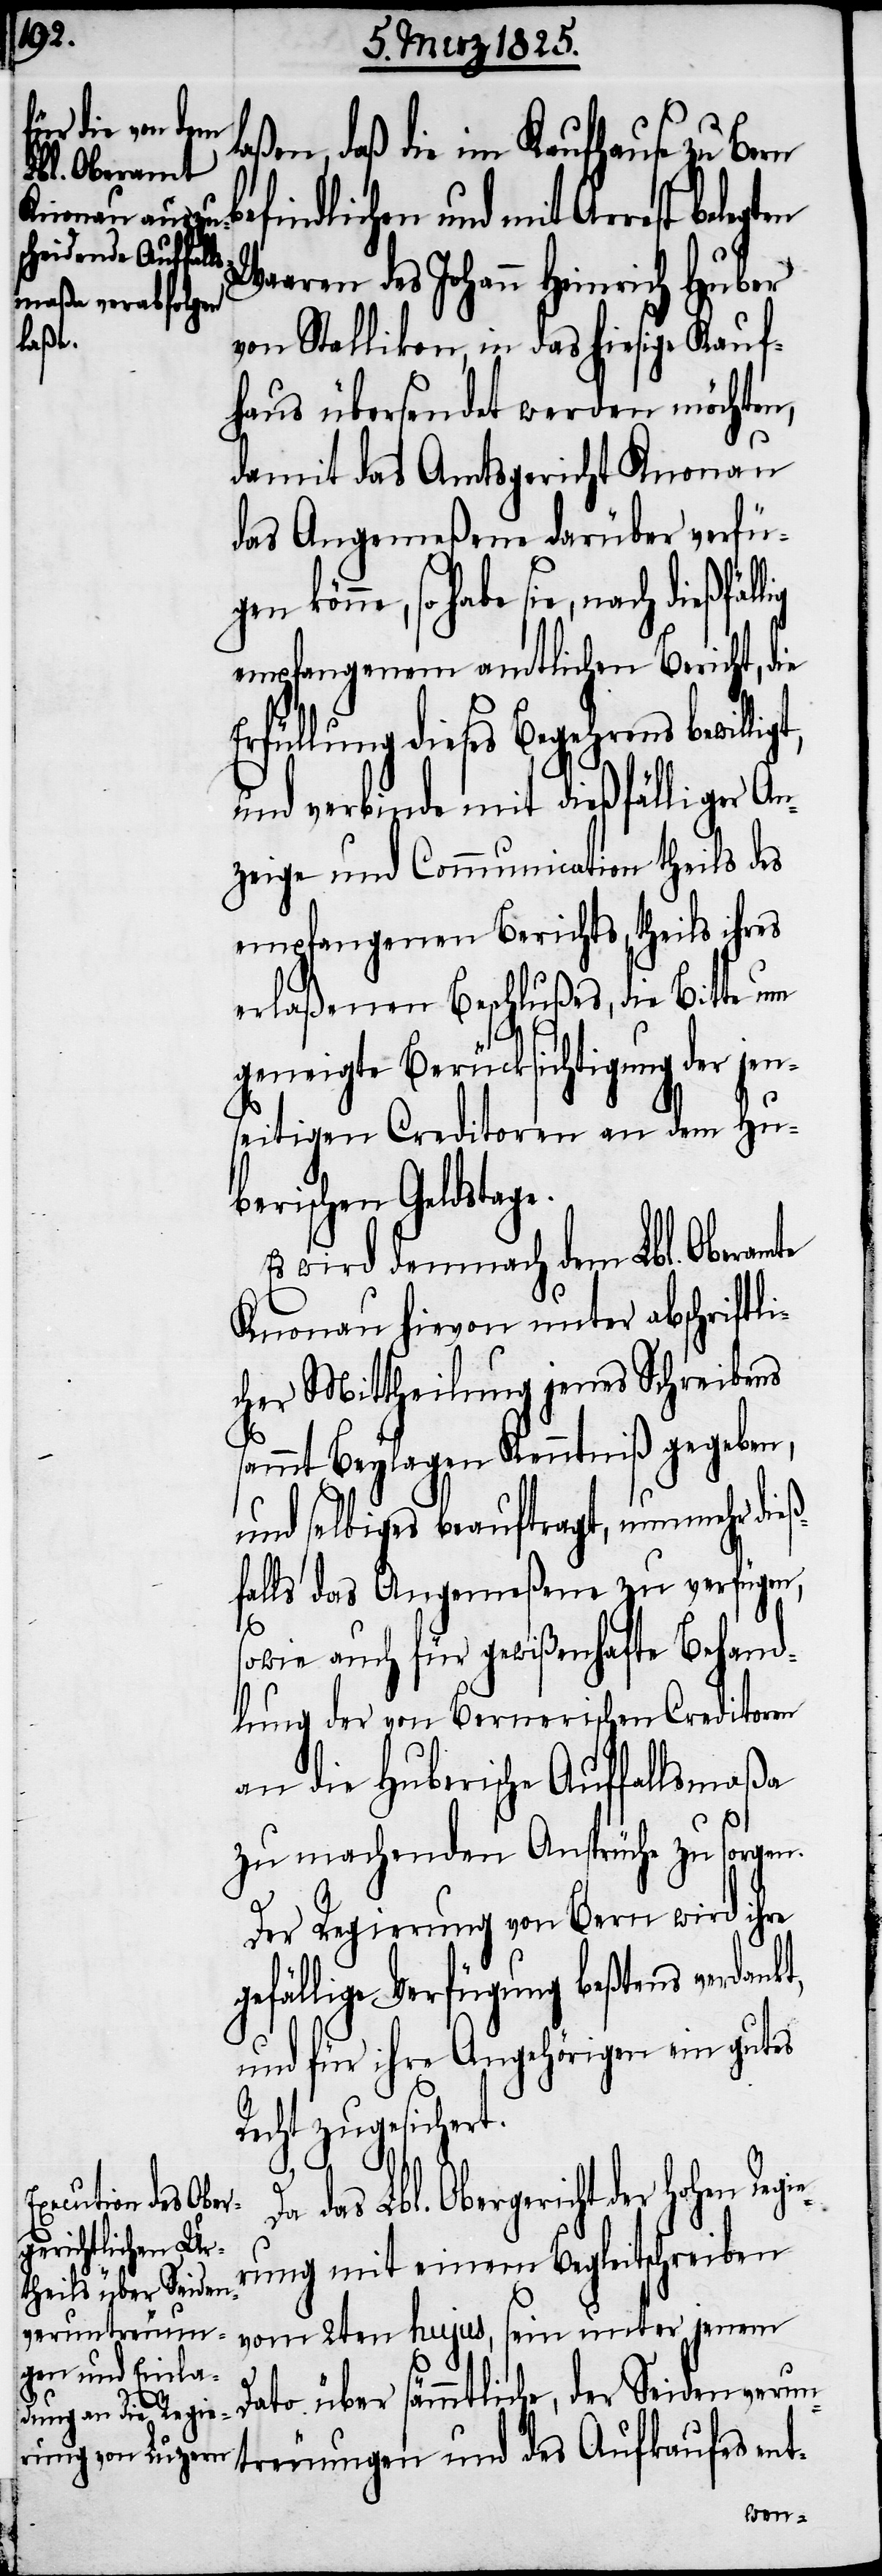
aßen, daß die im Kaufhause zu Bern
befindlichen und mit Arrest bele¬
Waaren des Johann Heinrich Huber
von Stallikon, in das hiesige Kauf¬
haus übersendet werden möchten,
damit das Amtsgericht Knonau
das Angemeßene darüber verfü¬
könne, so habe sie, nach dießfäl¬
empfangenem amtlichen Bericht, die
Erfüllung dieses Begehrens bewillig¬
und verbinde mit dießfälliger An¬
zeige und Communication theils des
empfangenen Berichts, theils ihres
erlaßenen Beschlußes, die Bitte um
geneigte Berücksichtigung der jen¬
seitigen Creditoren an dem Hu¬
berischen Geldstage.
Es wird demnach dem Lbl. Oberam¬
Knonau hievon unter abschriftli¬
cher Mittheilung jenes Schreibens
e¬
sammt Beylagen Kenntniß gegeben,
und selbiges beauftragt, nunmehr die¬
ßfalls das Angemeßene zu verfügen,
sowie auch für gewißenhafte Behand¬
lung der von Bernerischen Creditoren
an die Huberische Auffallsmaßa
zu machenden Ansprüche zu sorgen.
Der Regierung von Bern wird ihre
gefällige Verfügung beßtens verdankt,
und für ihre Angehörigen ein gutes
Recht zugesichert.
Da das Lbl. Obergericht der hohen Regi¬
rung mit einem Begleitschreiben
vom 2ten hujus, sein unter jenem
Dato über sämmtliche, der Seiden¬
treuungen und des Aufkaufes ent-
verun¬